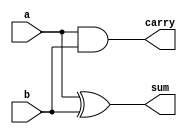
`timescale 1ns / 1ps
//////////////////////////////////////////////////////////////////////////////////
// Company: 
// Engineer: 
// 
// Design Name: 
// Module Name: half_adder
// Project Name: 
// Target Devices: 
// Tool Versions: 
// Description: 
// 
// Dependencies: 
// 
// Revision:
// Revision 0.01 - File Created
// Additional Comments:
// 
//////////////////////////////////////////////////////////////////////////////////

module half_adder(a, b, sum, carry);

input a, b;
output sum, carry;

assign sum = a^b;
assign carry = a&b;

endmodule